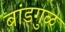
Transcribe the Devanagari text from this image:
बांडगुळ